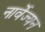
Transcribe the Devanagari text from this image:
नार्वेज्यन